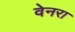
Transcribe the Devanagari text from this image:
वेनरा